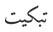
تبكيت